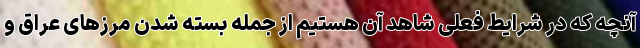
آنچه که در شرایط فعلی شاهد آن هستیم از جمله بسته شدن مرزهای عراق و